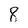
Character: 8